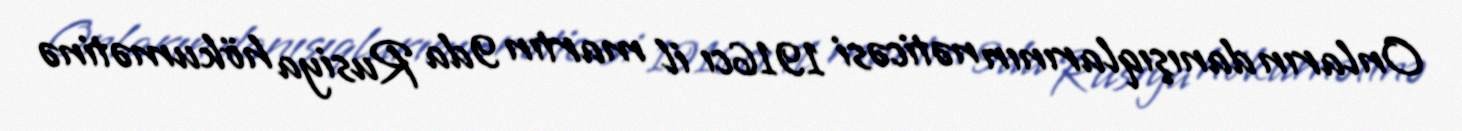
Onların danışıqlarının nəticəsi 1916cı il martın 9da Rusiya hökumətinə